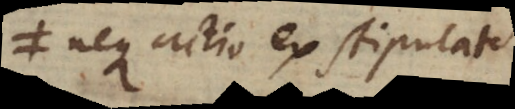
neque actio ex stipulato